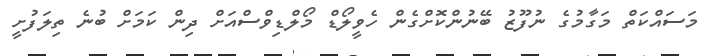
މަސައްކަތް މަގާމުގެ ނުފޫޒު ބޭނުންކޮށްގެން ހެވީލޯޑް މޯލްޑިވްސްއަށް ދިން ކަމަށް ބުނެ ތިލަފުށީ